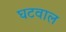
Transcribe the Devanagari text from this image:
घटवाल